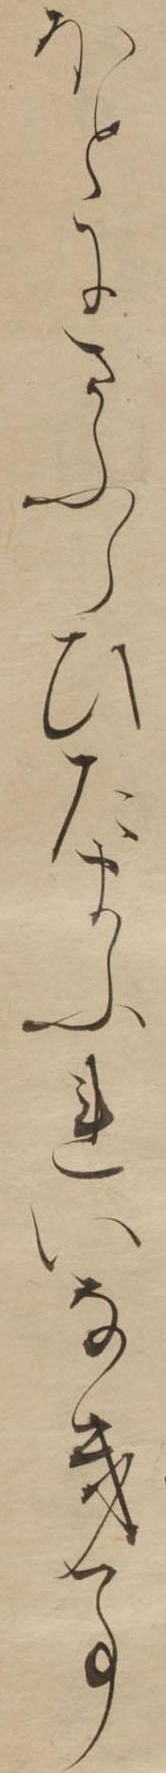
ほとにさふらひたまふれいなき事